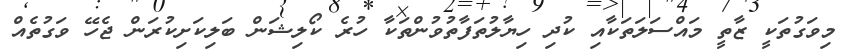
މިވަގުތަކީ ޒާތީ މައްސަލަތަކާއި ކުދި ހިޔާލުތަފާތުވުންތަކާ ހުރެ ކޯލިޝަން ބަލިކަށިކުރަން ޖެހޭ ވަގުތެއް